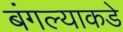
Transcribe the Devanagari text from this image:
बंगल्याकडे